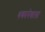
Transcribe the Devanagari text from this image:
थकानेवाला